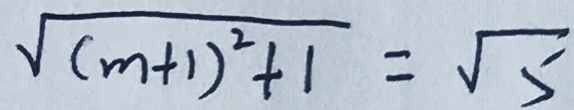
\sqrt { ( m + 1 ) ^ { 2 } + 1 } = \sqrt { 5 }